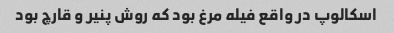
اسکالوپ در واقع فیله مرغ بود که روش پنیر و قارچ بود